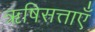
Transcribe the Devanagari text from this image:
ऋषिसत्ताएँ